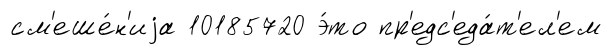
см'еше́н'иjа 10185720 э́то пр'едс'еда́т'ел'ем